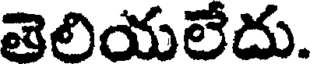
తెలియలేదు.